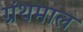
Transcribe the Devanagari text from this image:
ग्रंथमाल